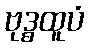
ဗုဒ္ဓထူပံ